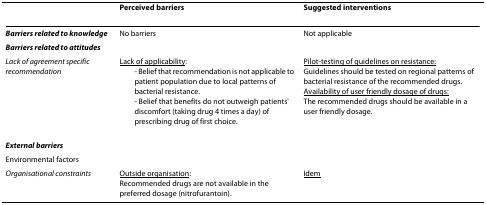
<table><thead><tr><td></td><td><b>Perceived barriers</b></td><td><b>Suggested interventions</b></td></tr></thead><tbody><tr><td><b><i>Barriers related to knowledge</i></b></td><td>No barriers</td><td>Not applicable</td></tr><tr><td><b><i>Barriers related to attitudes</i></b></td><td></td><td></td></tr><tr><td><i>Lack of agreement specific recommendation</i></td><td><underline>Lack of applicability</underline>:- Belief that recommendation is not applicable to patient population due to local patterns of bacterial resistance.- Belief that benefits do not outweigh patients&#x27; discomfort (taking drug 4 times a day) of prescribing drug of first choice.</td><td><underline>Pilot-testing of guidelines on resistance:</underline>Guidelines should be tested on regional patterns of bacterial resistance of the recommended drugs.<underline>Availability of user friendly dosage of drugs:</underline>The recommended drugs should be available in a user friendly dosage.</td></tr><tr><td><b><i>External barriers</i></b></td><td></td><td></td></tr><tr><td>Environmental factors</td><td></td><td></td></tr><tr><td><i>Organisational constraints</i></td><td><underline>Outside organisation</underline>:Recommended drugs are not available in the preferred dosage (nitrofurantoin).</td><td><underline>Idem</underline></td></tr></tbody></table>